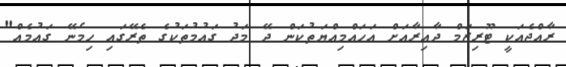
ރާއްޖެއަކީ ޓޫރިޒަމް ދާއިރާއަށް އަހައްމިއްޔަތުކަން ދޭ މަދު ގައުމުތަކުގެ ތެރޭގައި ހިމެނޭ ގައުމެއް"